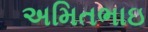
અમિતભાઇ